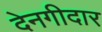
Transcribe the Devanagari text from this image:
देनगीदार